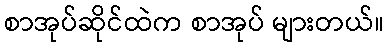
စာအုပ်ဆိုင်ထဲက စာအုပ် များတယ်။